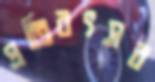
প্রতিবৎসর